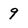
Character: 9